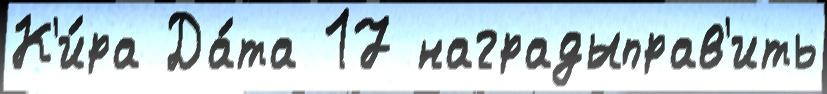
К'и́ра Да́та 17 наградыправ'ить